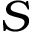
S